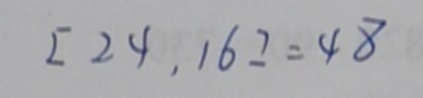
[ 2 4 , 1 6 ] = 4 8